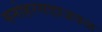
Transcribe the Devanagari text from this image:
मनोहरगडाजवळ